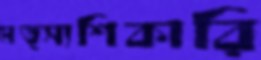
মত্স্যশিকারি